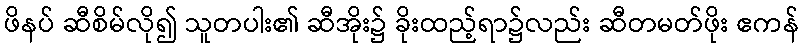
ဖိနပ် ဆီစိမ်လို၍ သူတပါး၏ ဆီအိုး၌ ခိုးထည့်ရာ၌လည်း ဆီတမတ်ဖိုး ဧကန်